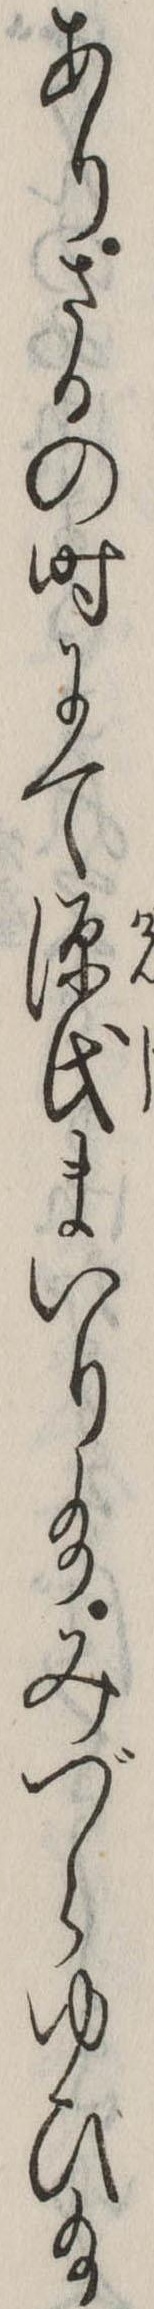
ありさるの時にて源氏まいり給みづらゆひ給